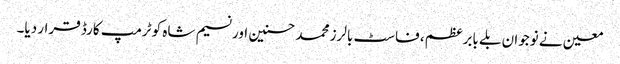
معین نے نوجوان بلے بابرعظم، فاسٹ بالرز محمد حسنین اور نسیم شاہ کو ٹرمپ کارڈ قرار دیا۔